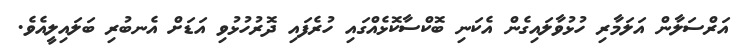
އަރްސަލާން އަލަމާރި ހުޅުވާލައިގެން އެކަނި ބޮކްސާކޮޅެއްގައި ހުރެފައި ދޮރުހުޅުވި އަޑަށް އެނބުރި ބަލައިލީއެވެ.